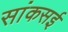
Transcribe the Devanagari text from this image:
सांकसई